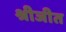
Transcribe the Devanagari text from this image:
श्रीजीत